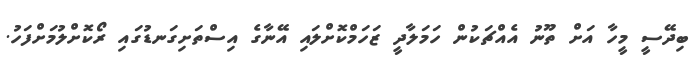
ބިދޭސީ މީހާ އަށް ތޫނު އެއްޗަކުން ހަމަލާދީ ޒަހަމްކޮށްލައި އޭނާގެ އިސްތަށިގަނޑުގައި ރޯކޮށްލުމަށްފަހު.